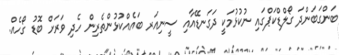
ބަންގަބަންދަ ގޯލްޑްކަޕްގައި ނުކުޅުމަކީ ދަގަނޑޭއާއި ސީނިއަރ ބައެއްކުޅުންތެރިން ހެދި ވަރަށް ބޮޑު ގޯހެެއް.